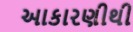
આકારણીથી